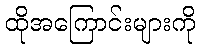
ထိုအကြောင်းများကို